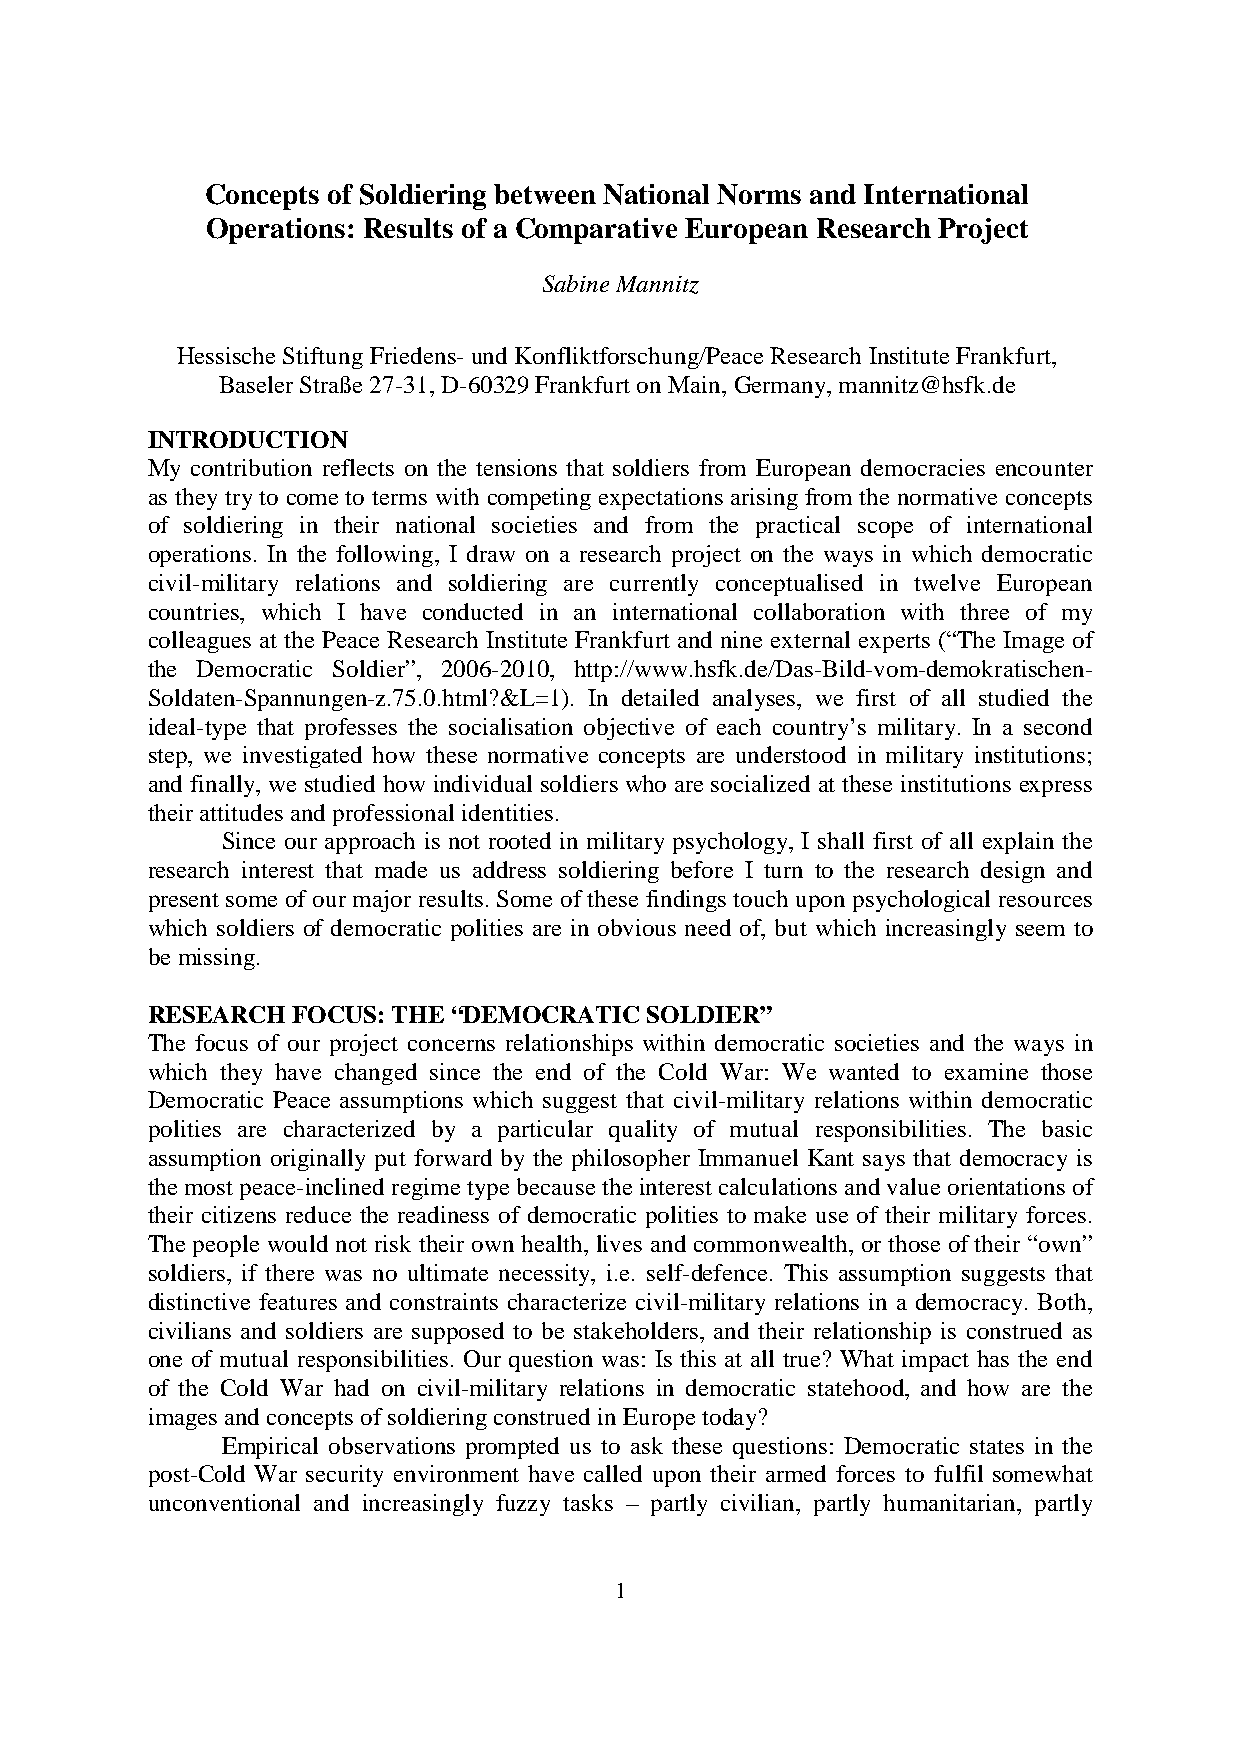
Concepts of Soldiering between National Norms and International
 Operations: Results of a Comparative European Research Project
 Sabine Mannitz
 Hessische Stiftung Friedens- und Konfliktforschung/Peace Research Institute Frankfurt,
 Baseler Straße 27-31, D-60329 Frankfurt on Main, Germany, mannitz@hsfk.de
 INTRODUCTION
 My contribution reflects on the tensions that soldiers from European democracies encounter
 as they try to come to terms with competing expectations arising from the normative concepts
 of soldiering in their national societies and from the practical scope of international
 operations. In the following, I draw on a research project on the ways in which democratic
 civil-military relations and soldiering are currently conceptualised in twelve European
 countries, which I have conducted in an international collaboration with three of my
 colleagues at the Peace Research Institute Frankfurt and nine external experts (“The Image of
 the Democratic Soldier”, 2006-2010, http://www.hsfk.de/Das-Bild-vom-demokratischen-
 Soldaten-Spannungen-z.75.0.html?&L=1). In detailed analyses, we first of all studied the
 ideal-type that professes the socialisation objective of each country’s military. In a second
 step, we investigated how these normative concepts are understood in military institutions;
 and finally, we studied how individual soldiers who are socialized at these institutions express
 their attitudes and professional identities.
 Since our approach is not rooted in military psychology, I shall first of all explain the
 research interest that made us address soldiering before I turn to the research design and
 present some of our major results. Some of these findings touch upon psychological resources
 which soldiers of democratic polities are in obvious need of, but which increasingly seem to
 be missing.
 RESEARCH FOCUS: THE “DEMOCRATIC  SOLDIER”
 The focus of our project concerns relationships within democratic societies and the ways in
 which they have changed since the end of the Cold War: We wanted to examine those
 Democratic Peace assumptions which suggest that civil-military relations within democratic
 polities are characterized by a particular quality of mutual responsibilities. The basic
 assumption originally put forward by the philosopher Immanuel Kant says that democracy is
 the most peace-inclined regime type because the interest calculations and value orientations of
 their citizens reduce the readiness of democratic polities to make use of their military forces.
 The people would not risk their own health, lives and commonwealth, or those of their “own”
 soldiers, if there was no ultimate necessity, i.e. self-defence. This assumption suggests that
 distinctive features and constraints characterize civil-military relations in a democracy. Both,
 civilians and soldiers are supposed to be stakeholders, and their relationship is construed as
 one of mutual responsibilities. Our question was: Is this at all true? What impact has the end
 of the Cold War had on civil-military relations in democratic statehood, and how are the
 images and concepts of soldiering construed in Europe today?
 Empirical observations prompted us to ask these questions: Democratic states in the
 post-Cold War security environment have called upon their armed forces to fulfil somewhat
 unconventional and increasingly fuzzy tasks – partly civilian, partly humanitarian, partly
 1